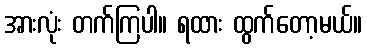
အားလုံး တက်ကြပါ။ ရထား ထွက်တော့မယ်။